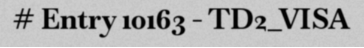
# Entry 10163 - TD2_VISA